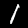
Digit: 1